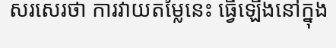
សរសេរថា ការវាយតម្លៃនេះ ធ្វើឡើងនៅក្នុង